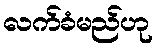
လက်ခံမည်ဟု